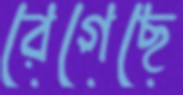
রেগেছে